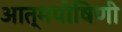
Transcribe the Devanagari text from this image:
आत्मपोषिणी